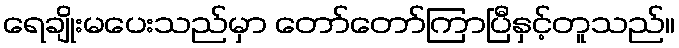
ရေချိုးမပေးသည်မှာ တော်တော်ကြာပြီနှင့်တူသည်။